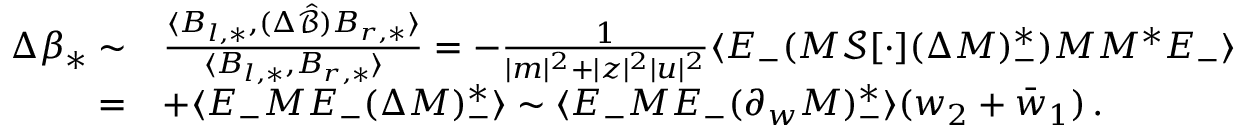
\begin{array} { r l } { \Delta \beta _ { * } \sim } & { \frac { \langle B _ { l , * } , ( \Delta \hat { \mathcal { B } } ) B _ { r , * } \rangle } { \langle B _ { l , * } , B _ { r , * } \rangle } = - \frac { 1 } { | m | ^ { 2 } + | z | ^ { 2 } | u | ^ { 2 } } \langle E _ { - } ( M \mathcal { S } [ \cdot ] ( \Delta M ) _ { - } ^ { * } ) M M ^ { * } E _ { - } \rangle } \\ { = } & { + \langle E _ { - } M E _ { - } ( \Delta M ) _ { - } ^ { * } \rangle \sim \langle E _ { - } M E _ { - } ( \partial _ { w } M ) _ { - } ^ { * } \rangle ( w _ { 2 } + \bar { w } _ { 1 } ) \, . } \end{array}